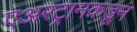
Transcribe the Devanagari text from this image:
एअरट्रानकडून